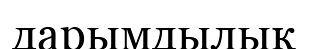
дарымдылық